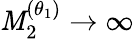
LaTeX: \mathit{M}_{2}^{(\theta_{1})}\to\infty